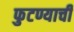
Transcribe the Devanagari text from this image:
फुटण्याची